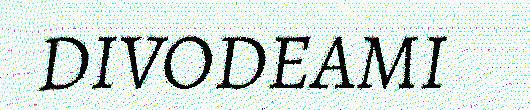
DIVODEAMI